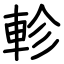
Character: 軫